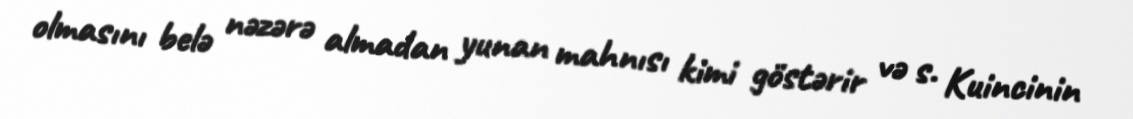
olmasını belə nəzərə almadan yunan mahnısı kimi göstərir və s. Kuincinin